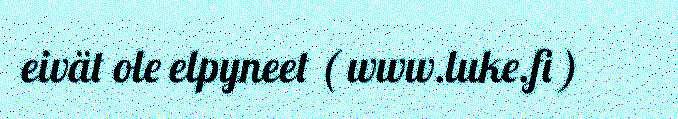
eivät ole elpyneet ( www.luke.fi )